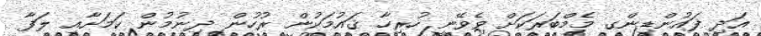
އަދި ފައުންޑިންގ މެމްބަރަކަށް ވެވޭނީ ހުރިހާ ޤައުމަކުން ރުހުން ދިނުމުން ކަމަށާއި ލަފާ